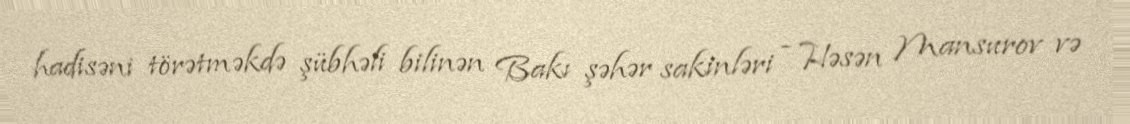
hadisəni törətməkdə şübhəli bilinən Bakı şəhər sakinləri - Həsən Mansurov və